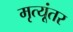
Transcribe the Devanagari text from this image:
मृत्यूंतर